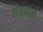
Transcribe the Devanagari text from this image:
लेखपान